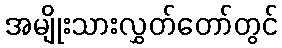
အမျိုးသားလွှတ်တော်တွင်